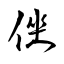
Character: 侳